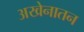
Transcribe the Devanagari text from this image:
अखेनातन